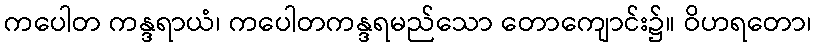
ကပေါတ ကန္ဒရာယံ၊ ကပေါတကန္ဒရမည်သော တောကျောင်း၌။ ဝိဟရတော၊